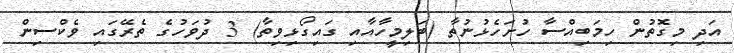
އަދި މިގޮތުން ހިމަބިއްސާ ހުށަހެޅުނުތާ (ބަލިމީހާއާއި ގައިގޯޅިވިތާ) 3 ދުވަހުގެ ތެރޭގައި ވެކްސިން